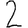
Digit: 2